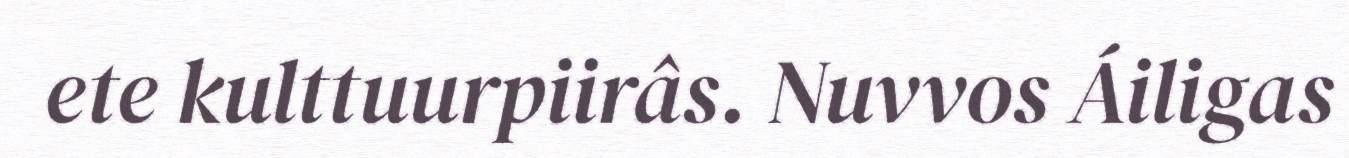
ete kulttuurpiirâs. Nuvvos Áiligas